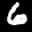
Label: 6